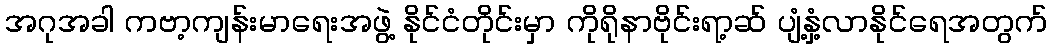
အဂုအခါ ကဗာ့ကျန်းမာရေးအဖွဲ့ နိုင်ငံတိုင်းမှာ ကိုရိုနာဗိုင်းရာ့ဆ် ပျံ့နှံ့လာနိုင်ရေအတွက်